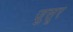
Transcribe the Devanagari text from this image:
जुसूर